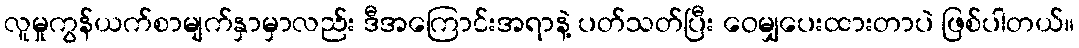
လူမှုကွန်ယက်စာမျက်နှာမှာလည်း ဒီအကြောင်းအရာနဲ့ ပတ်သတ်ပြီး ဝေမျှပေးထားတာပဲ ဖြစ်ပါတယ်။